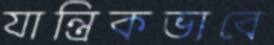
যান্ত্রিকভাবে